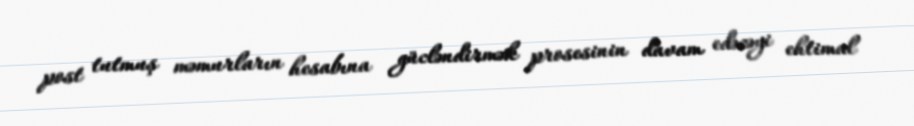
post tutmuş məmurların hesabına gücləndirmək prosesinin davam edəcəyi ehtimal